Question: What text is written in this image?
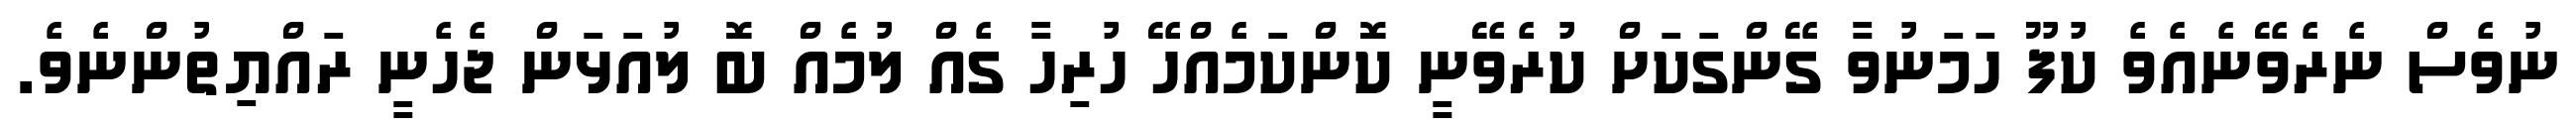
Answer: ނުވެސް ނެރެވޭނެއެވެ ކުފޫ ހަމަނުވާ ގޭންގަކަށް ކުރެވޭނީ ކޮންކަމެއްހޭ ހުރިހާ ގެއް ލުމެއް ބޮ ލުއަޅަން ޖެހެނީ ރައްޔިތުންނެވެ.